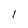
Character: 1